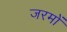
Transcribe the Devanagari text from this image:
जरमों